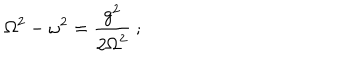
LaTeX: \displaystyle { \mathrm { \Omega } ^ { 2 } - \omega ^ { 2 } = { \frac { g ^ { 2 } } { 2 \mathrm { \Omega } ^ { 2 } } } \ ; }